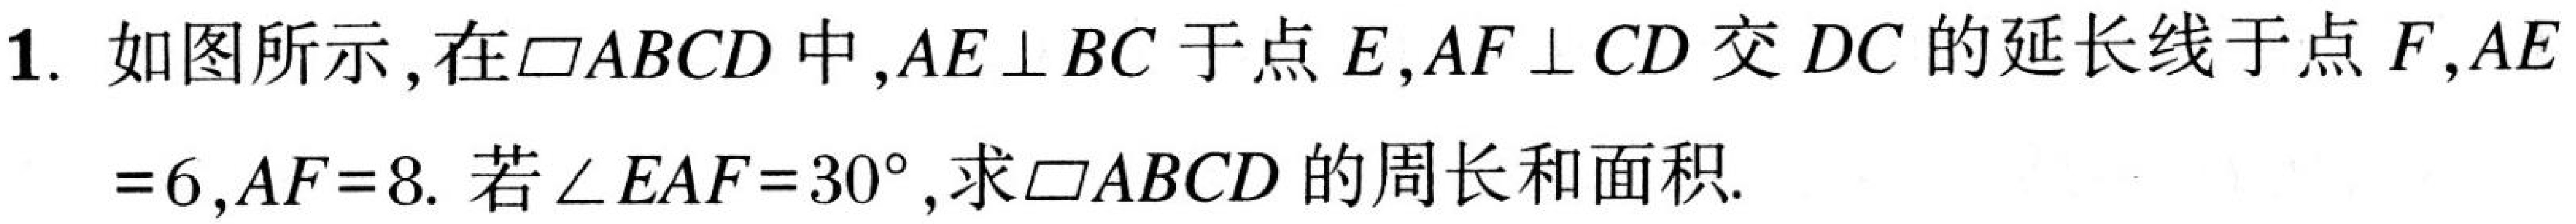
1. 如图所示，在$\square ABCD$中，$AE\perp BC$于点$E$，$AF\perp CD$交$DC$的延长线于点$F$，$AE = 6$，$AF = 8$. 若$\angle EAF = 30^{\circ}$，求$\square ABCD$的周长和面积.